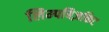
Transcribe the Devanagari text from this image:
लिम्पबिज़किट